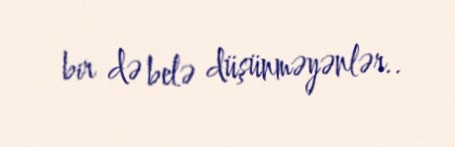
bir də belə düşünməyənlər..